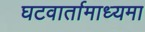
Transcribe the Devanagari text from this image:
घटवार्तामाध्यमा